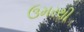
ઉમરથી